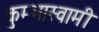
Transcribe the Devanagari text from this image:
कुम्भास्वामी